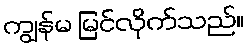
ကျွန်မ မြင်လိုက်သည်။